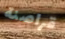
قراصنة